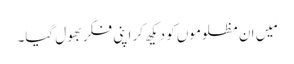
مَیں ان مظلوموں کو دیکھ کر اپنی فکر بھول گیا۔